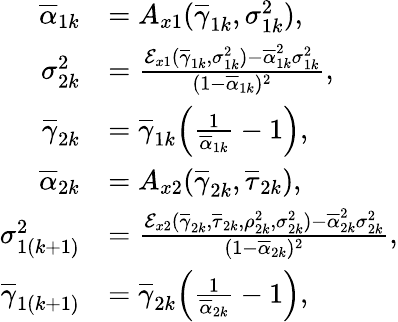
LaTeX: \begin{array}{rl}{\overline{{\alpha}}_{1k}}&{=A_{x1}(\overline{{\gamma}}_{1k},\sigma_{1k}^{2}),}\\ {\sigma_{2k}^{2}}&{=\frac{\mathcal{E}_{x1}(\overline{{\gamma}}_{1k},\sigma_{1k}^{2})-\overline{{\alpha}}_{1k}^{2}\sigma_{1k}^{2}}{(1-\overline{{\alpha}}_{1k})^{2}},}\\ {\overline{{\gamma}}_{2k}}&{=\overline{{\gamma}}_{1k}\Big(\frac{1}{\overline{{\alpha}}_{1k}}-1\Big),}\\ {\overline{{\alpha}}_{2k}}&{=A_{x2}(\overline{{\gamma}}_{2k},\overline{{\tau}}_{2k}),}\\ {\sigma_{1(k+1)}^{2}}&{=\frac{\mathcal{E}_{x2}(\overline{{\gamma}}_{2k},\overline{{\tau}}_{2k},\rho_{2k}^{2},\sigma_{2k}^{2})-\overline{{\alpha}}_{2k}^{2}\sigma_{2k}^{2}}{(1-\overline{{\alpha}}_{2k})^{2}},}\\ {\overline{{\gamma}}_{1(k+1)}}&{=\overline{{\gamma}}_{2k}\Big(\frac{1}{\overline{{\alpha}}_{2k}}-1\Big),}\end{array}